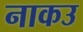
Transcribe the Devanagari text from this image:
नाकउ